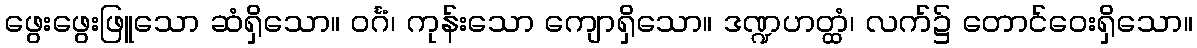
ဖွေးဖွေးဖြူသော ဆံရှိသော။ ဝင်္ဂံ၊ ကုန်းသော ကျောရှိသော။ ဒဏ္ဍဟတ္ထံ၊ လက်၌ တောင်ဝေးရှိသော။